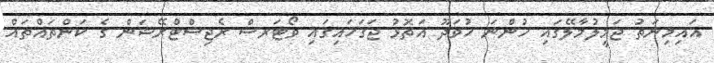
އައިމިނަތު ޖަމީލުމާލޭގައި ހުންނަ ހުވަދޫ އަތޮޅު ޖަގަހައިގައި ވޯޓަރސް ރެޖިސްޓްރޭޝަން ގެ ކަންތައްތައް